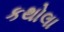
કથોલા